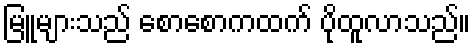
မြူများသည် စောစောကထက် ပိုထူလာသည်။